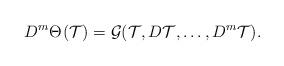
LaTeX: \begin{align*}D^m \Theta^{}(\mathcal{T}) = \mathcal{G}(\mathcal{T}, D\mathcal{T}, \dots, D^m \mathcal{T}). \end{align*}